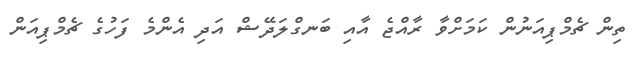
ތިން ޗެމްޕިއަނުން ކަމަށްވާ ރާއްޖެ އާއި ބަނގްލަދޭޝް އަދި އެންމެ ފަހުގެ ޗެމްޕިއަން